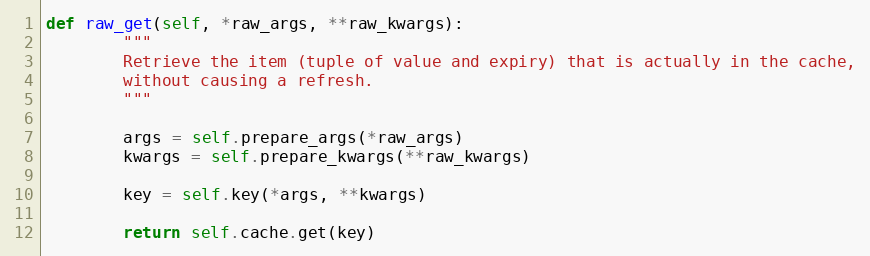
Language: Python
def raw_get(self, *raw_args, **raw_kwargs):
        """
        Retrieve the item (tuple of value and expiry) that is actually in the cache,
        without causing a refresh.
        """

        args = self.prepare_args(*raw_args)
        kwargs = self.prepare_kwargs(**raw_kwargs)

        key = self.key(*args, **kwargs)

        return self.cache.get(key)